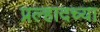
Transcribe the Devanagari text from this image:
प्रल्हादच्या